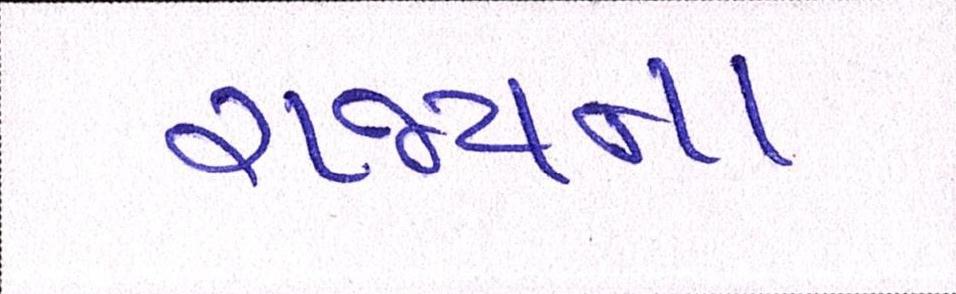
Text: રાજ્યના